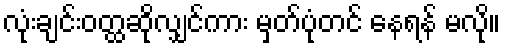
လုံးချင်းဝတ္ထဆိုလျှင်ကား မှတ်ပုံတင် နေရန် မလို။